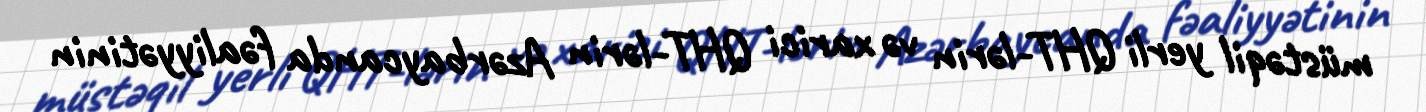
müstəqil yerli QHT-lərin və xarici QHT-lərin Azərbaycanda fəaliyyətinin